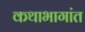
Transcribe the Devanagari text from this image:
कथाभागांत